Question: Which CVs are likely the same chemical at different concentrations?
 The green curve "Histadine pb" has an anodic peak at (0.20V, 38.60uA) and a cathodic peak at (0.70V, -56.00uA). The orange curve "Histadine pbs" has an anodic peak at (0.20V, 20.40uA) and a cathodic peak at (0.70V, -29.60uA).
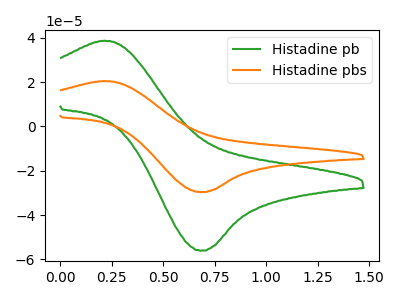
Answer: <think>All the peaks in "Histadine pb" have a peak in "Histadine pbs" at the same potential. Every peak in "Histadine pb" is higher than every peak in "Histadine pbs".
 </think>
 <answer>"Histadine pb" and "Histadine pbs" have the same shape and are likely CV's of the same chemical.</answer>
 <eval>"Histadine pb" "Histadine pbs"</eval>